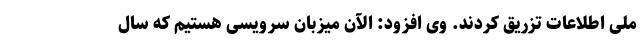
ملی اطلاعات تزریق کردند. وی افزود: الآن میزبان سرویسی هستیم که سال